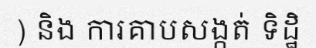
) និង ការគាបសង្កត់ ទិដ្ឋិ